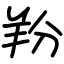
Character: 羒